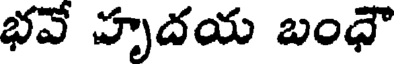
భవే హృదయ బంధౌ